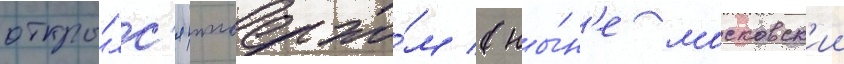
откры́лс'я ипподро́м (ны́н'е московск'ии